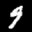
Label: 9